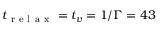
t _ { \mathrm { ~ r ~ e ~ l ~ a ~ x ~ } } = t _ { v } = 1 / \Gamma = 4 3